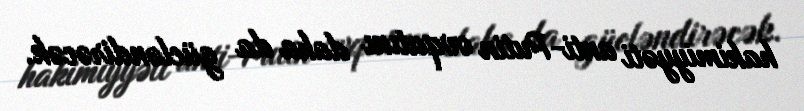
hakimiyyəti anti-Putin ovqatını daha da gücləndirəcək.